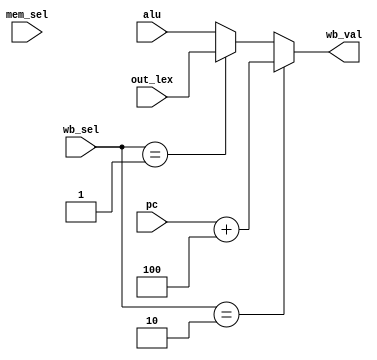
module wb_selector(
    input [31:0] out_lex,
    input [31:0] pc,
    input [31:0] alu,
    input [1:0] wb_sel,
    input [1:0] mem_sel,
    output reg [31:0] wb_val
);
    always @(*) begin
        if (wb_sel == 2) begin
            wb_val = pc + 4;
        end else if (wb_sel == 1) begin
            wb_val = out_lex;
        end else begin
            wb_val = alu;
        end
    end
endmodule